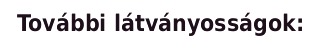
További látványosságok: